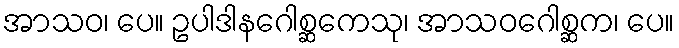
အာသဝ၊ ပေ။ ဥပါဒါနဂေါစ္ဆကေသု၊ အာသဝဂေါစ္ဆက၊ ပေ။